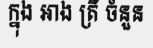
ក្នុង អាង ត្រី ចំនួន